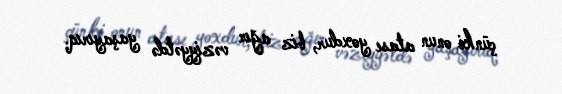
çünki onun atası yoxdur, biz ağır vəziyyətdə yaşayırıq.